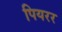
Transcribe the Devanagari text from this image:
पियरर